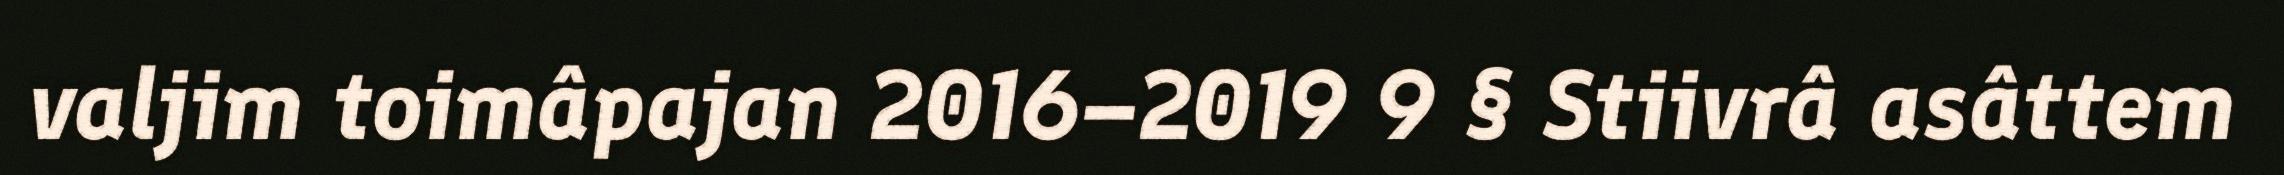
valjim toimâpajan 2016–2019 9 § Stiivrâ asâttem